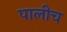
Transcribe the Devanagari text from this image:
पालीच